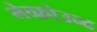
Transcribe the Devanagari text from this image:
नेव्फ़ोउन्द